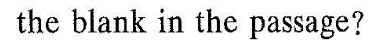
the blank in the passage?